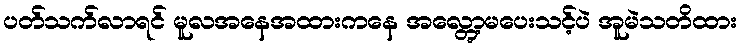
ပတ်သက်လာရင် မူလအနေအထားကနေ အလ္တွော့မပေးသင့်ပဲ အူမဲသတိထား